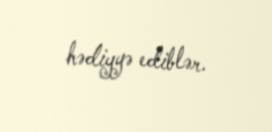
hədiyyə ediblər.